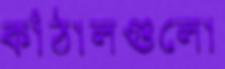
কাঁঠালগুলো